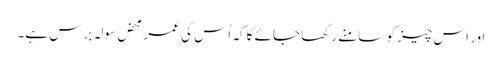
اور اس چیز کو سامنے رکھا جائے گا کہ اُس کی عمر محض سولہ برس ہے۔